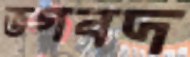
ভগবদ